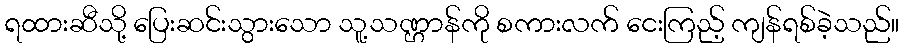
ရထားဆီသို့ ပြေးဆင်းသွားသော သူ့သဏ္ဌာန်ကို စကားလက် ငေးကြည့် ကျန်ရစ်ခဲ့သည်။